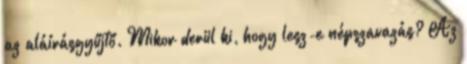
az aláírásgyűjtő. Mikor derül ki, hogy lesz-e népszavazás? Az